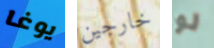
يوغا خارجين لو